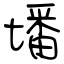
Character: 墦